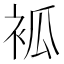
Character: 𧙆